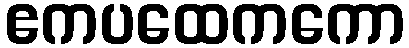
ဧကပထေကကော